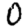
Digit: 0